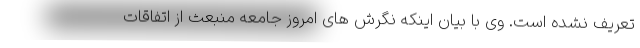
تعریف نشده است. وی با بیان اینکه نگرش های امروز جامعه منبعث از اتفاقات